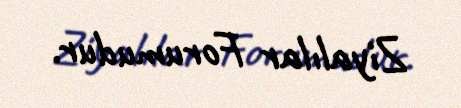
Ziyalılar Forumudur.